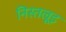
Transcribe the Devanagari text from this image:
निस्तल्रूइ